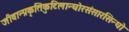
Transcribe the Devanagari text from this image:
जीवान्प्रकृतिकुटिलान्घोरसंसारसिन्धो